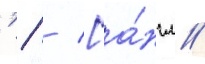
'   [а́нгл.